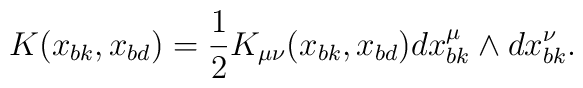
K(x_{bk},x_{bd})={1\over 2}K_{\mu\nu}(x_{bk},x_{bd})dx_{bk}^\mu \wedge dx_{bk}^\nu.